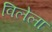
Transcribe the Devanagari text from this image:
विलेला